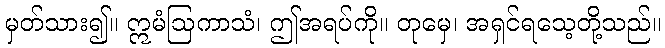
မှတ်သား၍။ ဣမံဩကာသံ၊ ဤအရပ်ကို။ တုမှေ၊ အရှင်ရသေ့တို့သည်။